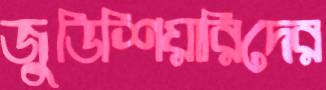
জুডিশিয়ারিদের